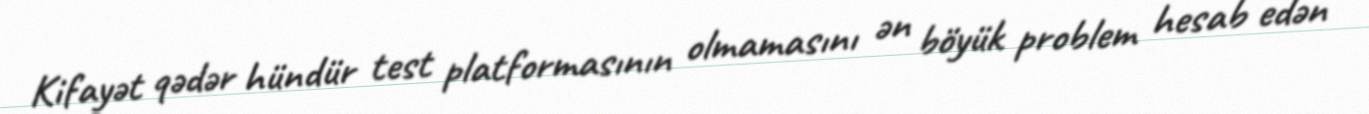
Kifayət qədər hündür test platformasının olmamasını ən böyük problem hesab edən